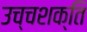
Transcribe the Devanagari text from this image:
उच्चशक्ति